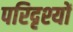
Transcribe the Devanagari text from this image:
परिदृश्‍यों